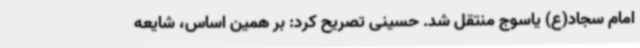
امام سجاد(ع) یاسوج منتقل شد. حسینی تصریح کرد: بر همین اساس، شایعه